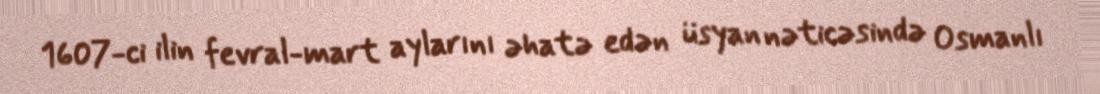
1607-ci ilin fevral-mart aylarını əhatə edən üsyan nəticəsində Osmanlı